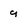
Character: 9